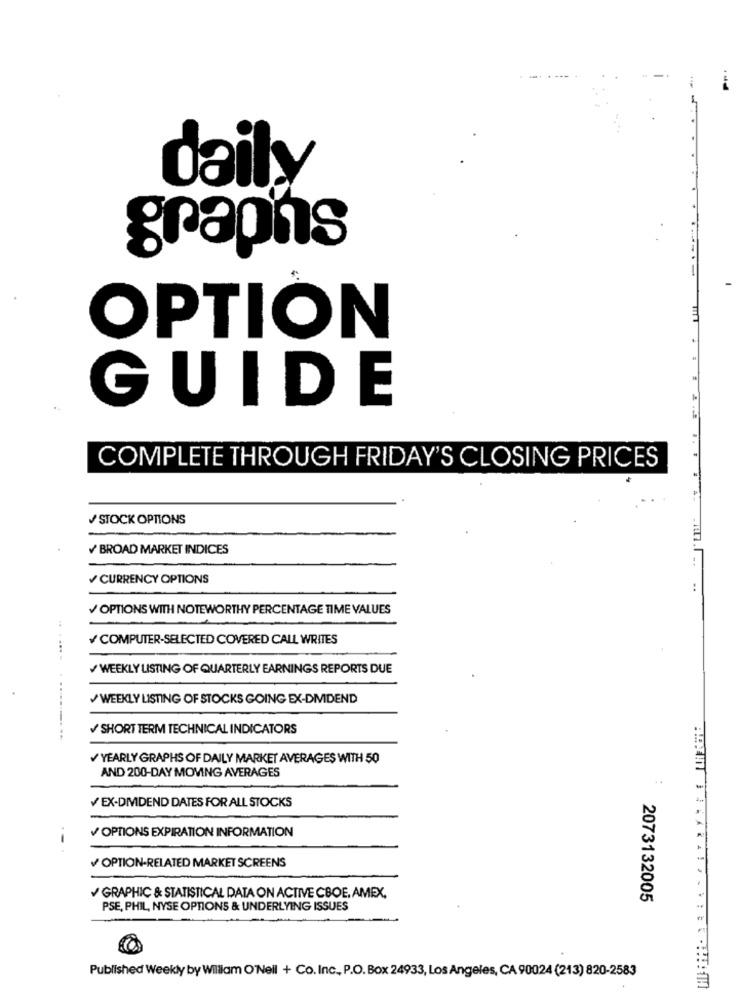
daily
graphs
OPTION
GUIDE
COMPLETE THROUGH FRIDAY'S CLOSING PRICES
/STOCK OPTIONS
BROAD MARKET INDICES
CURRENCY OPTIONS
OPTIONS WITH NOTEWORTHY PERCENTAGE TIME VALUES
COMPUTER-SELECTED COVERED CALL WRITES
.......
WEEKLY LISTING OF QUARTERLY EARNINGS REPORTS DUE
WEEKLY LISTING OF STOCKS GOING EX-DMDEND
SHORT TERM TECHNICAL INDICATORS
YEARLY GRAPHS OF DAILY MARKET AVERAGES WITH 50
AND 200-DAY MOVING AVERAGES
EX-DMDEND DATES FOR ALL STOCKS
OPTIONS EXPIRATION INFORMATION
OPTION-RELATED MARKET SCREENS
GRAPHIC & STATISTICAL DATA ON ACTIVE CBOE, AMEX.
2073132005
PSE, PHIL, NYSE OPTIONS & UNDERLYING ISSUES
Published Weekly by William O'Nell + Co. Inc ., P.O. Box 24933, Los Angeles, CA 90024 (213) 820-2583